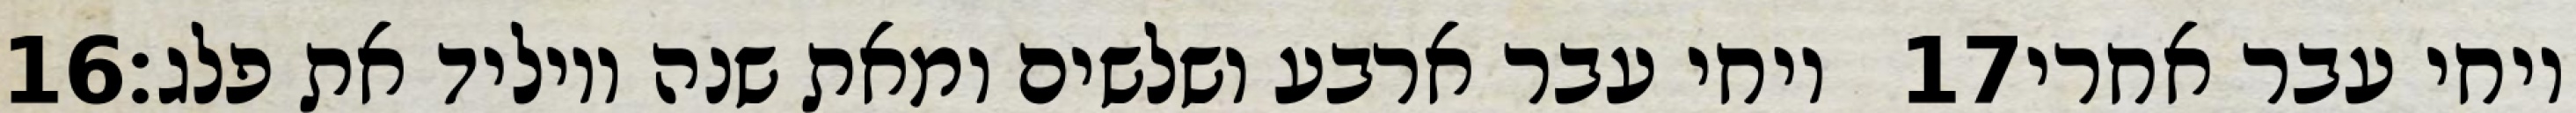
‎16‏ ויחי עבר ארבע ושלשים ומאת שנה ויוליד את פלג׃ ‎17‏ ויחי עבר אחרי